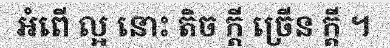
អំពើ ល្អ នោះ តិច ក្តី ច្រើន ក្តី ។